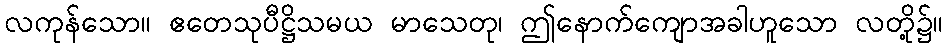
လကုန်သော။ ဧတေသုပီဋ္ဌိသမယ မာသေတု၊ ဤနောက်ကျောအခါဟူသော လတို့၌။